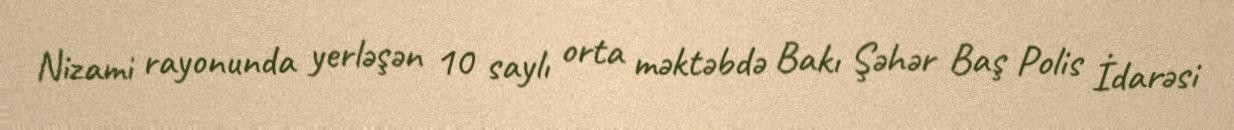
Nizami rayonunda yerləşən 10 saylı orta məktəbdə Bakı Şəhər Baş Polis İdarəsi